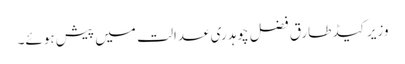
وزیر کیڈ طارق فضل چوہدری عدالت میں پیش ہوئے۔